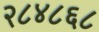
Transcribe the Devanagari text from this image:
२८४८६८